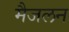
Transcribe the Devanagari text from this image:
मैजलन